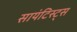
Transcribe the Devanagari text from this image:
सायंटिस्ट्स